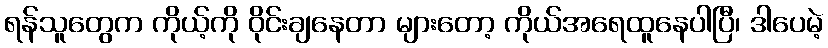
ရန်သူတွေက ကိုယ့်ကို ဝိုင်းချနေတာ များတော့ ကိုယ်အရေထူနေပါပြီ၊ ဒါပေမဲ့